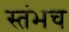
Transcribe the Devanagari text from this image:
स्तंभच